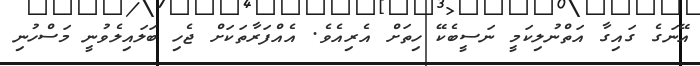
އޭނަގެ ގައިގާ އަތްނުލިކަމީ ނަސީބެކޭ ހިތަށް އެރިއެވެ. އެއްފަރާތަކަށް ޖެހި ބަލައިލެވުނީ މަސްހުނި